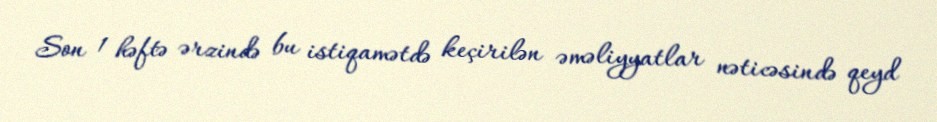
Son 1 həftə ərzində bu istiqamətdə keçirilən əməliyyatlar nəticəsində qeyd